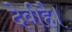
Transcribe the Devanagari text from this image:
देवीहै।